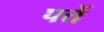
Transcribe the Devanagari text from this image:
पत्तें